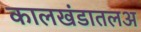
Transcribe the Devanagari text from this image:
कालखंडातलअ